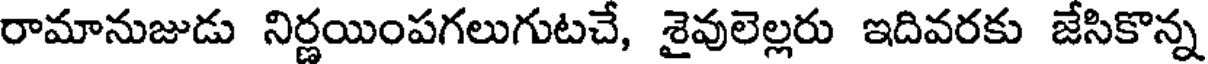
రామానుజుడు నిర్ణయింపగలుగుటచే, శైవులెల్లరు ఇదివరకు జేసికొన్న